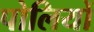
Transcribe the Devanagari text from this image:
पोलियों